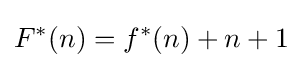
F^{*}(n)=f^{*}(n)+n+1